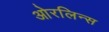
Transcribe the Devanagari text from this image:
ओरलिन्स